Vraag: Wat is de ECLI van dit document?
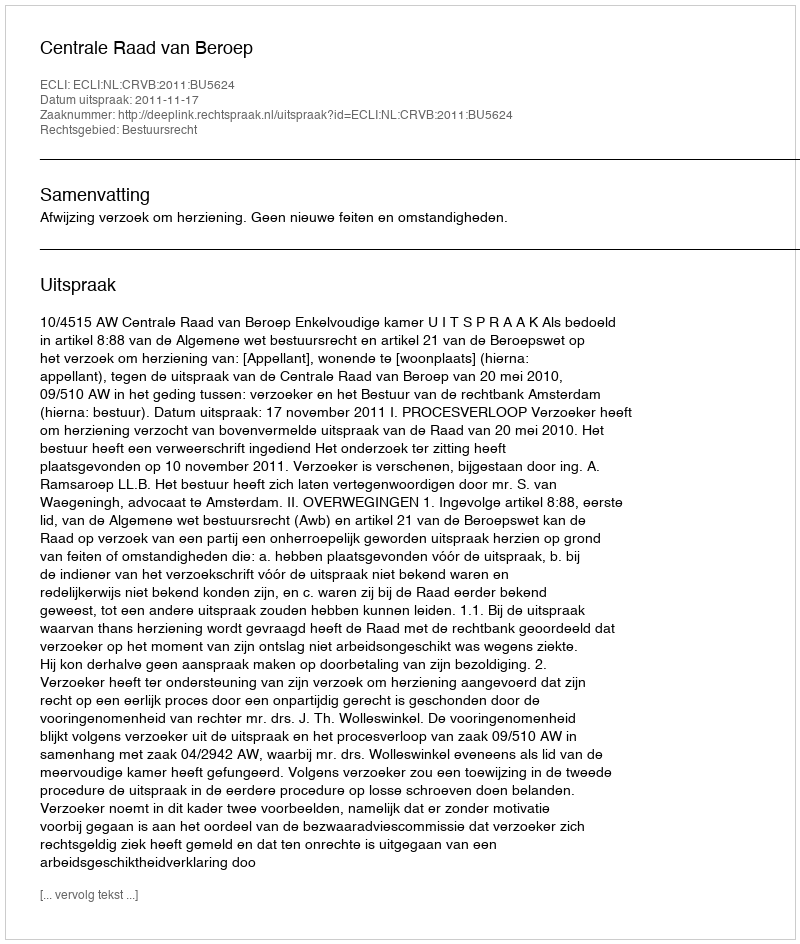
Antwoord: ECLI:NL:CRVB:2011:BU5624